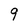
Character: 9